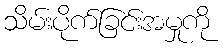
သိမ်းပိုက်ခြင်းအမှုကို